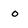
Character: o